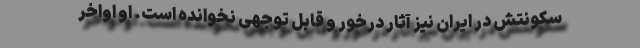
سکونتش در ایران نیز آثار درخور و قابل توجهی نخوانده است. او اواخر